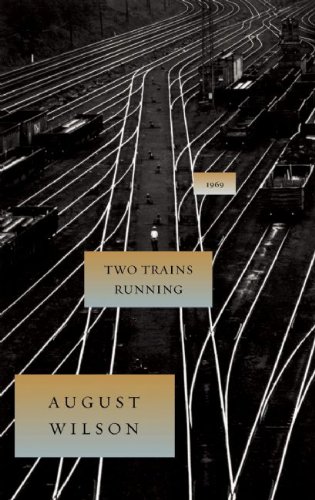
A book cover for Two Trains Running (August Wilson Century Cycle); August Wilson; Literature & Fiction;